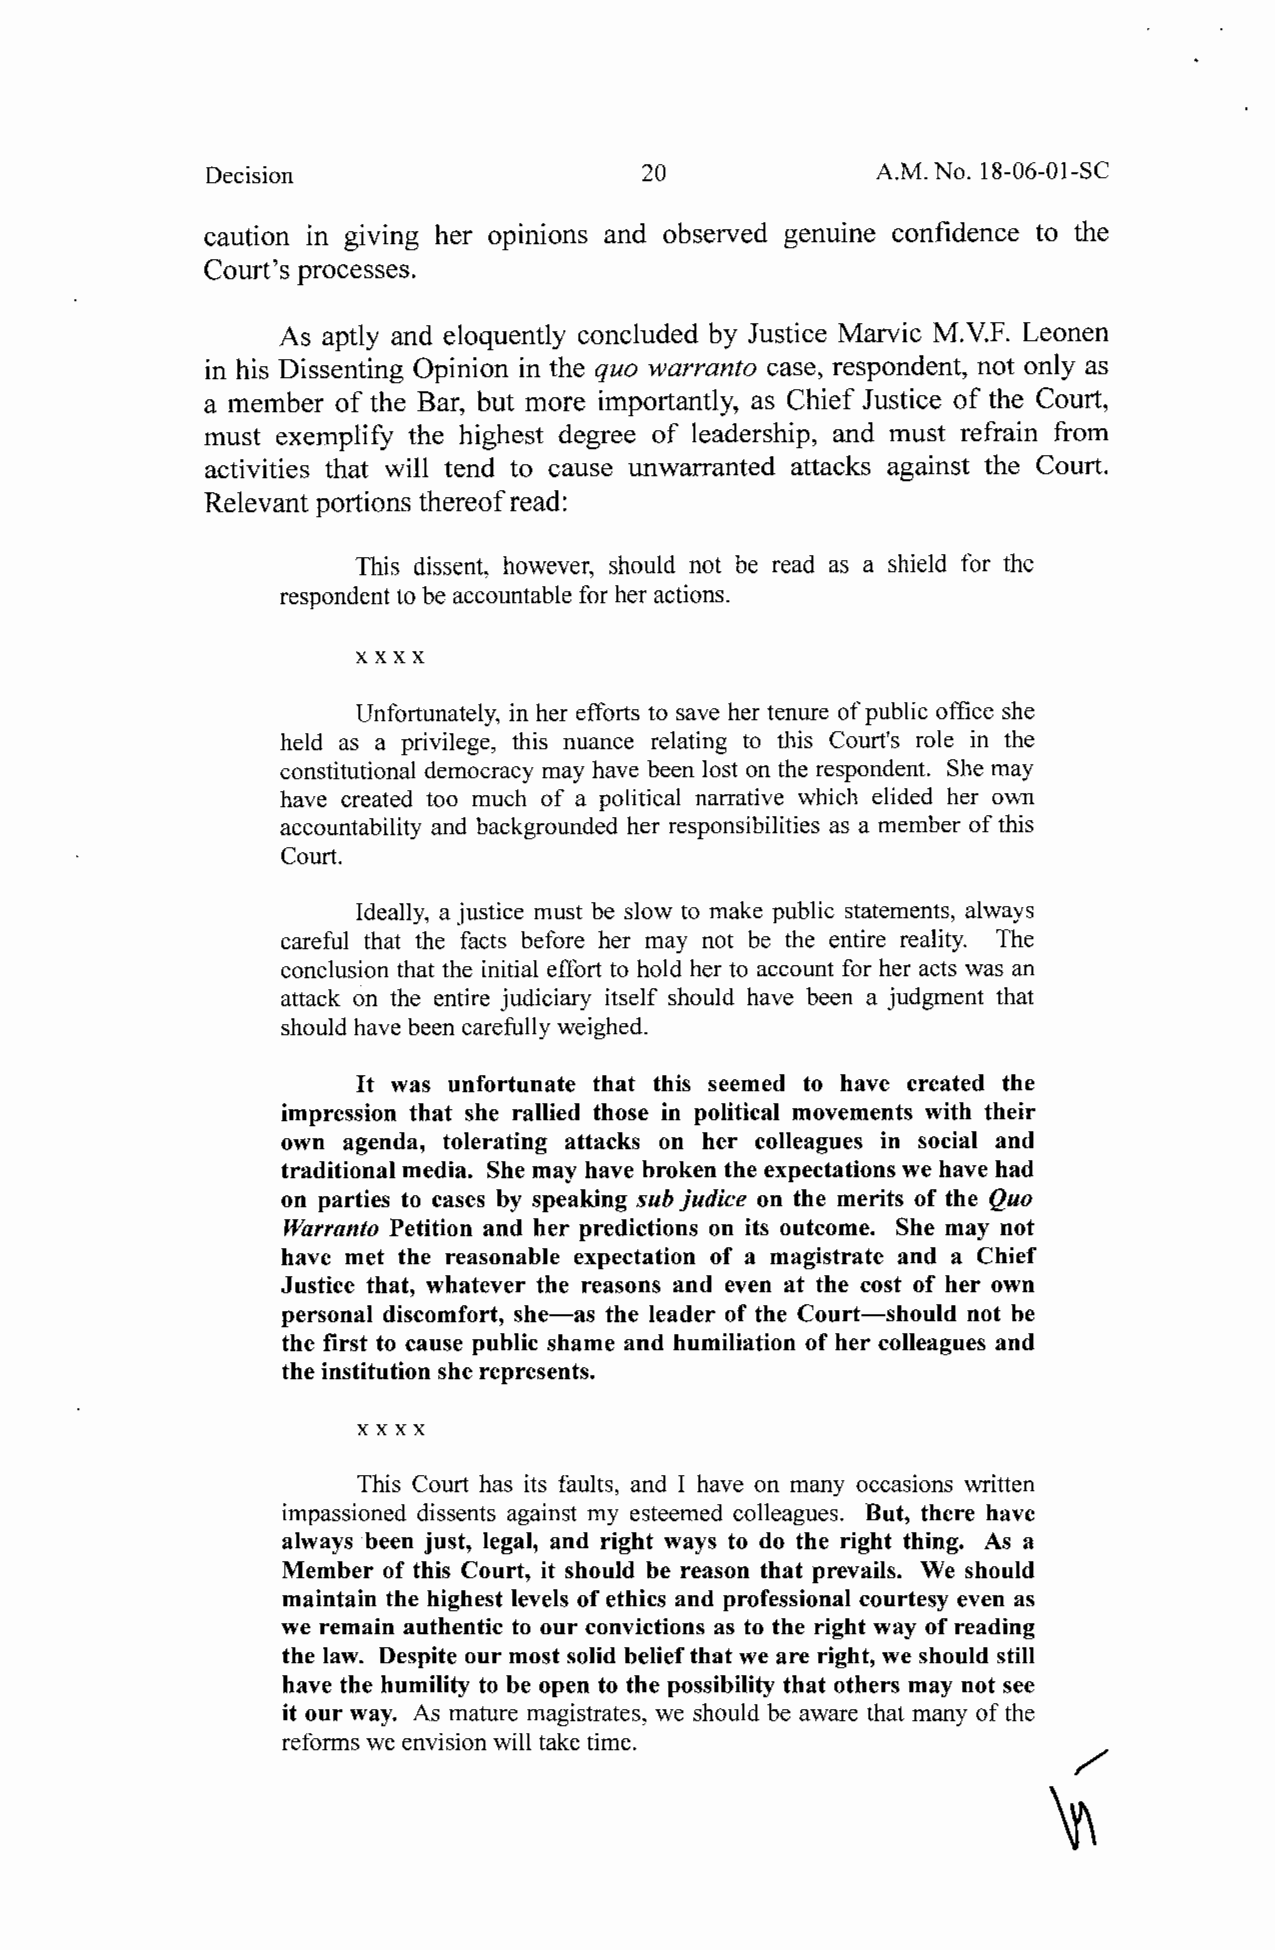
Decision                     20              A.M. No. 18-06-01-SC
 caution in giving her opinions and observed genuine confidence to the
 Court's processes.
 As aptly and eloquently concluded by Justice Marvic M. V.F. Leonen
 in his Dissenting Opinion in the quo warranto case, respondent, not only as
 a member of the Bar, but more importantly, as Chief Justice of the Court,
 must exemplify the highest degree of leadership, and must refrain from
 activities that will tend to cause unwarranted attacks against the Court.
 Relevant portions thereof read:
 This dissent, however, should not be read as a shield for the
 respondent to be accountable for her actions.
 xx xx
 Unfortunately, in her efforts to save her tenure of public office she
 held as a privilege, this nuance relating to this Court's role in the
 constitutional democracy may have been lost on the respondent. She may
 have created too much of a political narrative which elided her own
 accountability and backgrounded her responsibilities as a member of this
 Court.
 Ideally, a justice must be slow to make public statements, always
 careful that the facts before her may not be the entire reality. The
 conclusion that the initial effort to hold her to account for her acts was an
 attack on the entire judiciary itself should have been a judgment that
 should have been carefully weighed.
 It was unfortunate that this seemed to have created the
 impression that she rallied those in political movements with their
 own agenda, tolerating attacks on her colleagues in social and
 traditional media. She may have broken the expectations we have had
 on parties to cases by speaking sub judice on the merits of the Quo
 Warranto Petition and her predictions on its outcome. She may not
 have met the reasonable expectation of a magistrate and a Chief
 Justice that, whatever the reasons and even at the cost of her own
 personal discomfort, she-as the leader of the Court-should not be
 the first to cause public shame and humiliation of her colleagues and
 the institution she represents.
 xx xx
 This Court has its faults, and I have on many occasions written
 impassioned dissents against my esteemed colleagues. But, there have
 always been just, legal, and right ways to do the right thing. As a
 Member of this Court, it should be reason that prevails. We should
 maintain the highest levels of ethics and professional courtesy even as
 we remain authentic to our convictions as to the right way of reading
 the law. Despite our most solid belief that we are right, we should still
 have the humility to be open to the possibility that others may not see
 it our way. As mature magistrates, we should be aware that many of the
 reforms we envision will take time.
 /
 ~